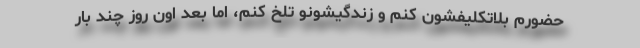
حضورم بلاتکلیفشون کنم و زندگیشونو تلخ کنم، اما بعد اون روز چند بار